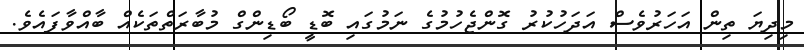
މިދިޔަ ތިން އަހަރުވެސް އަދަހުކުރު ގޮންޖެހުމުގެ ނަމުގައި ބޮޑީ ބޯޑިންގް މުބާރަތްތަކެއް ބާއްވާފައެވެ.